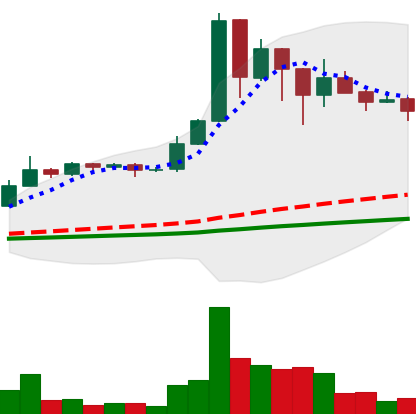
Ticker: BNB-USD
Chart end date: 2021-02-28
Forward return: 8.015%
Label: up_7plus